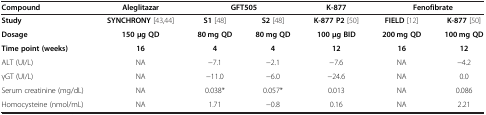
| Compound | Aleglitazar | <COLSPAN=2> GFT505 | K-877 | <COLSPAN=2> Fenofibrate |
 | --- | --- | --- | --- | --- | --- | --- |
 | Study | SYNCHRONY[43,44] | S1[48] | S2[48] | K-877 P2[50] | FIELD[12] | K-877[50] |
 | Dosage | 150 μg QD | 80 mg QD | 80 mg QD | 100 μg BID | 200 mg QD | 100 mg QD |
 | Time point (weeks) | 16 | 4 | 4 | 12 | 16 | 12 |
 | ALT (UI/L) | NA | −7.1 | −2.1 | −7.6 | NA | −4.2 |
 | γGT (UI/L) | NA | −11.0 | −6.0 | −24.6 | NA | 0.0 |
 | Serum creatinine (mg/dL) | NA | 0.038* | 0.057* | 0.013 | NA | 0.086 |
 | Homocysteine (nmol/mL) | NA | 1.71 | −0.8 | 0.16 | NA | 2.21 |